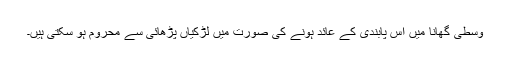
وسطی گھانا میں اس پابندی کے عائد ہونے کی صورت میں لڑکیاں پڑھائی سے محروم ہو سکتی ہیں۔